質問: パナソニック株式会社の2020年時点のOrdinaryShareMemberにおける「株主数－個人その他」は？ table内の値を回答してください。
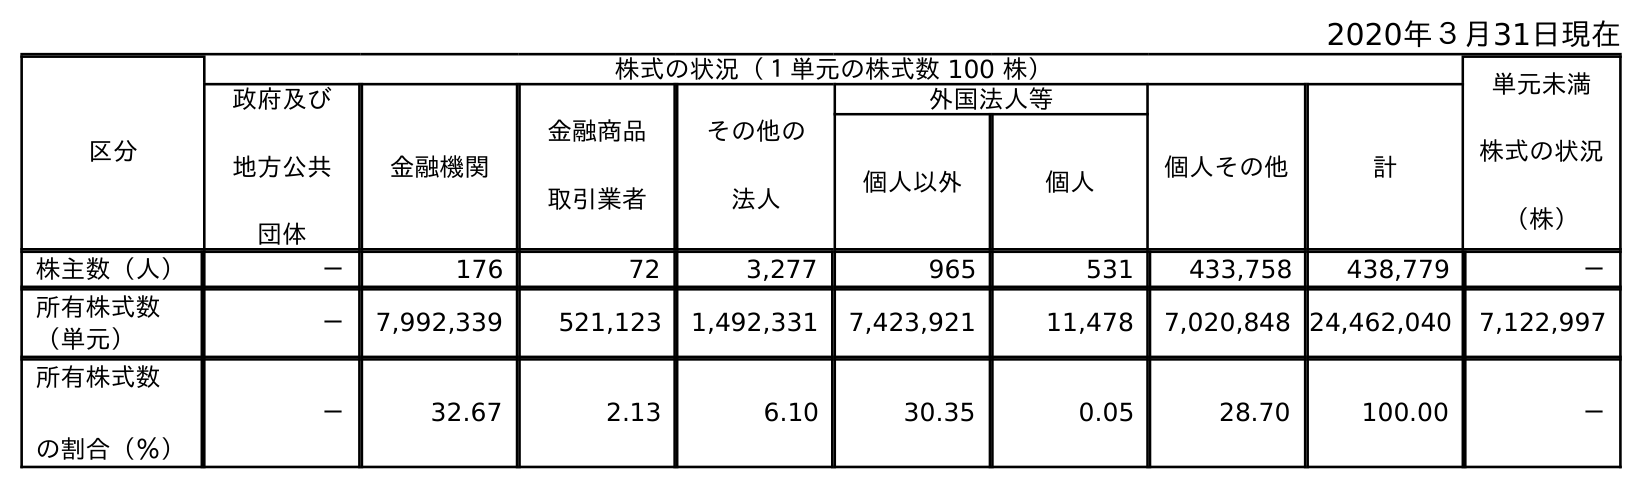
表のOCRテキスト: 2020年３月31日現在 区分 株式の状況（１単元の株式数 100 株） 単元未満 株式の状況 （株） 政府及び 地方公共 団体 金融機関 金融商品 取引業者 その他の 法人 外国法人等 個人その他 計 個人以外 個人 株主数（人） － 176 72 3,277 965 531 433,758 438,779 － 所有株式数 （単元） － 7,992,339 521,123 1,492,331 7,423,921 11,478 7,020,848 24,462,040 7,122,997 所有株式数 の割合（％） － 32.67 2.13 6.10 30.35 0.05 28.70 100.00 －
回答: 433,758